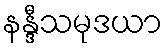
နန္ဒီသမုဒယာ